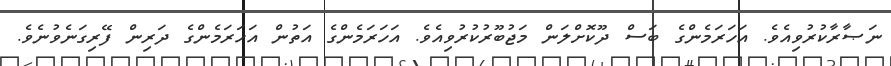
ނަޞާރާކުރުވިއެވެ. އަހަރަމެންގެ ބަސް ދޫކޮށްލަން މަޖުބޫރުކުރުވިއެވެ. އަހަރަމެންގެ އަތުން އަހަރަމެންގެ ދަރިން ފޭރިގަނެވުނެވެ.